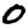
Digit: 0